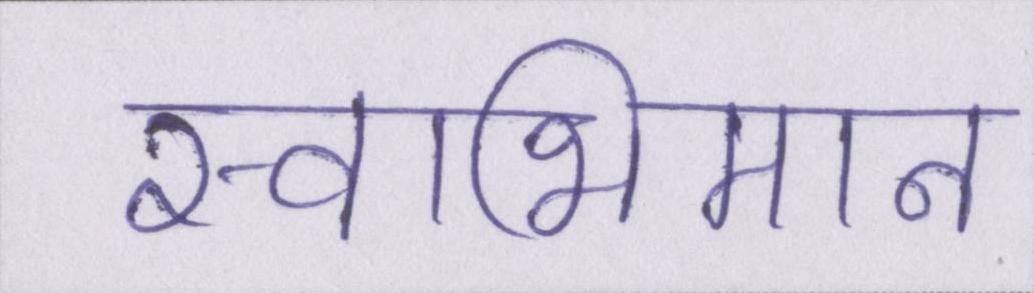
स्वाभिमान